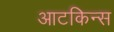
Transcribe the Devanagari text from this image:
आटकिन्स